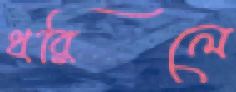
ধরিলে